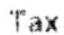
TAX